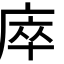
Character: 𢈼